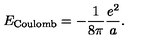
E _ { \mathrm { C o u l o m b } } = - { \frac { 1 } { 8 \pi } } { \frac { e ^ { 2 } } { a } } .